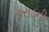
કરાડની